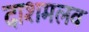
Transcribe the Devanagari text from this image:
दाशमलव